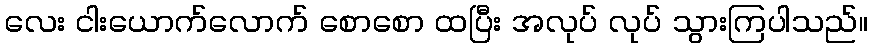
လေး ငါးယောက်လောက် စောစော ထပြီး အလုပ် လုပ် သွားကြပါသည်။